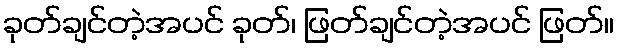
ခုတ်ချင်တဲ့အပင် ခုတ်၊ ဖြတ်ချင်တဲ့အပင် ဖြတ်။